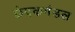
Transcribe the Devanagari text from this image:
छेदकमंडल